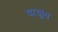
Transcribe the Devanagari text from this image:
वाड्मंय